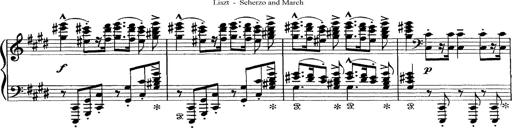
Title: Scherzo und Marsch
Composer: Franz Liszt